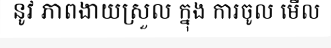
នូវ ភាពងាយស្រួល ក្នុង ការចូល មើល